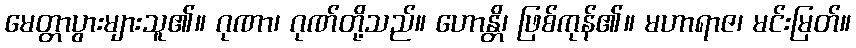
မေတ္တာပွားများသူ၏။ ဂုဏာ၊ ဂုဏ်တို့သည်။ ဟောန္တိ၊ ဖြစ်ကုန်၏။ မဟာရာဇ၊ မင်းမြတ်။